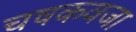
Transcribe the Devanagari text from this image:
चषकवजा